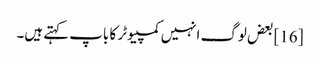
[16] بعض لوگ انہیں کمپیوٹر کا باپ کہتے ہیں۔